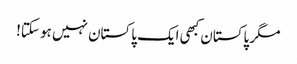
مگر پاکستان کبھی ایک پاکستان نہیں ہو سکتا!